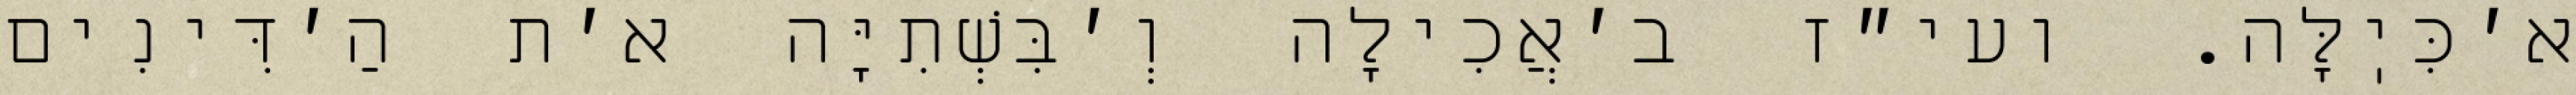
א׳כִּיֽלָּה. ועי״ז ב׳אֲכִילָה וְ׳בִּשְׁתִיָּה א׳ת הַ׳דִּינִים